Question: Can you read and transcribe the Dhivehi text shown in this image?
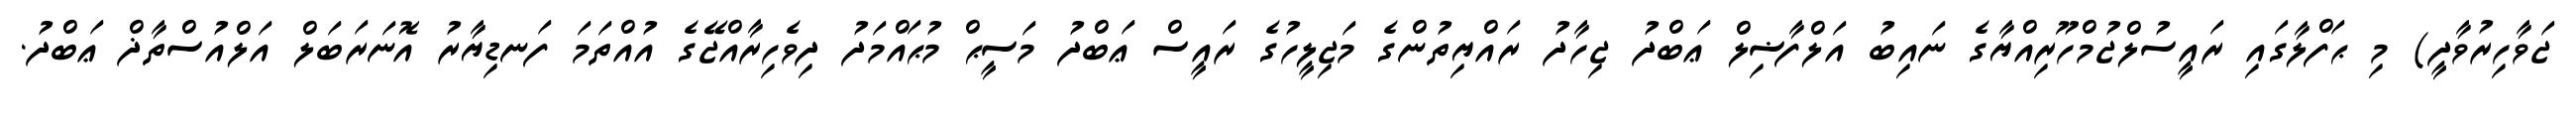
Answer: ޖަވާހިރުވާދީ) މި ޙަފްލާގައި ރައީސުލްޖުމްހޫރިއްޔާގެ ނައިބު އަލްފާޟިލް ޢަބްދު ޖިހާދު ރައްޔިތުންގެ މަޖިލީހުގެ ރައީސް ޢަބްދު މަސީޙް މުޙައްމަދު ދިވެހިރާއްޖޭގެ އުއްތަމަ ފަނޑިޔާރު އޮނަރަބަލް އަލްއުސްތާޛް ޢަބްދު.